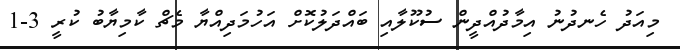
މިއަދު ހެނދުނު އިމާދުއްދީން ސުކޫލާއި ބައްދަލުކޮށް އަހުމަދިއްޔާ މެޗް ކާމިޔާބު ކުރީ 3-1